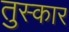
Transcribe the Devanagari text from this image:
तुस्कार